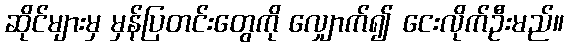
ဆိုင်များမှ မှန်ပြတင်းတွေကို လျှောက်၍ ငေးလိုက်ဦးမည်။